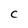
Character: C